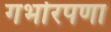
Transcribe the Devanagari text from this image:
गर्भारपणा